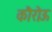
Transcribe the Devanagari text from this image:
कौरोऊ